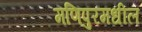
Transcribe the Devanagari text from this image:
मणिपुरमधील